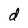
Character: d